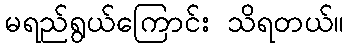
မရည်ရွယ်ကြောင်း သိရတယ်။